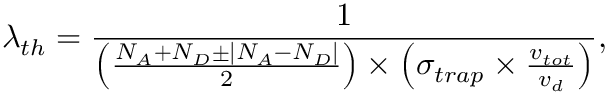
\lambda _ { t h } = \frac { 1 } { \left( \frac { N _ { A } + N _ { D } \pm \left| N _ { A } - N _ { D } \right| } { 2 } \right) \times \left( \sigma _ { t r a p } \times \frac { v _ { t o t } } { v _ { d } } \right) } ,